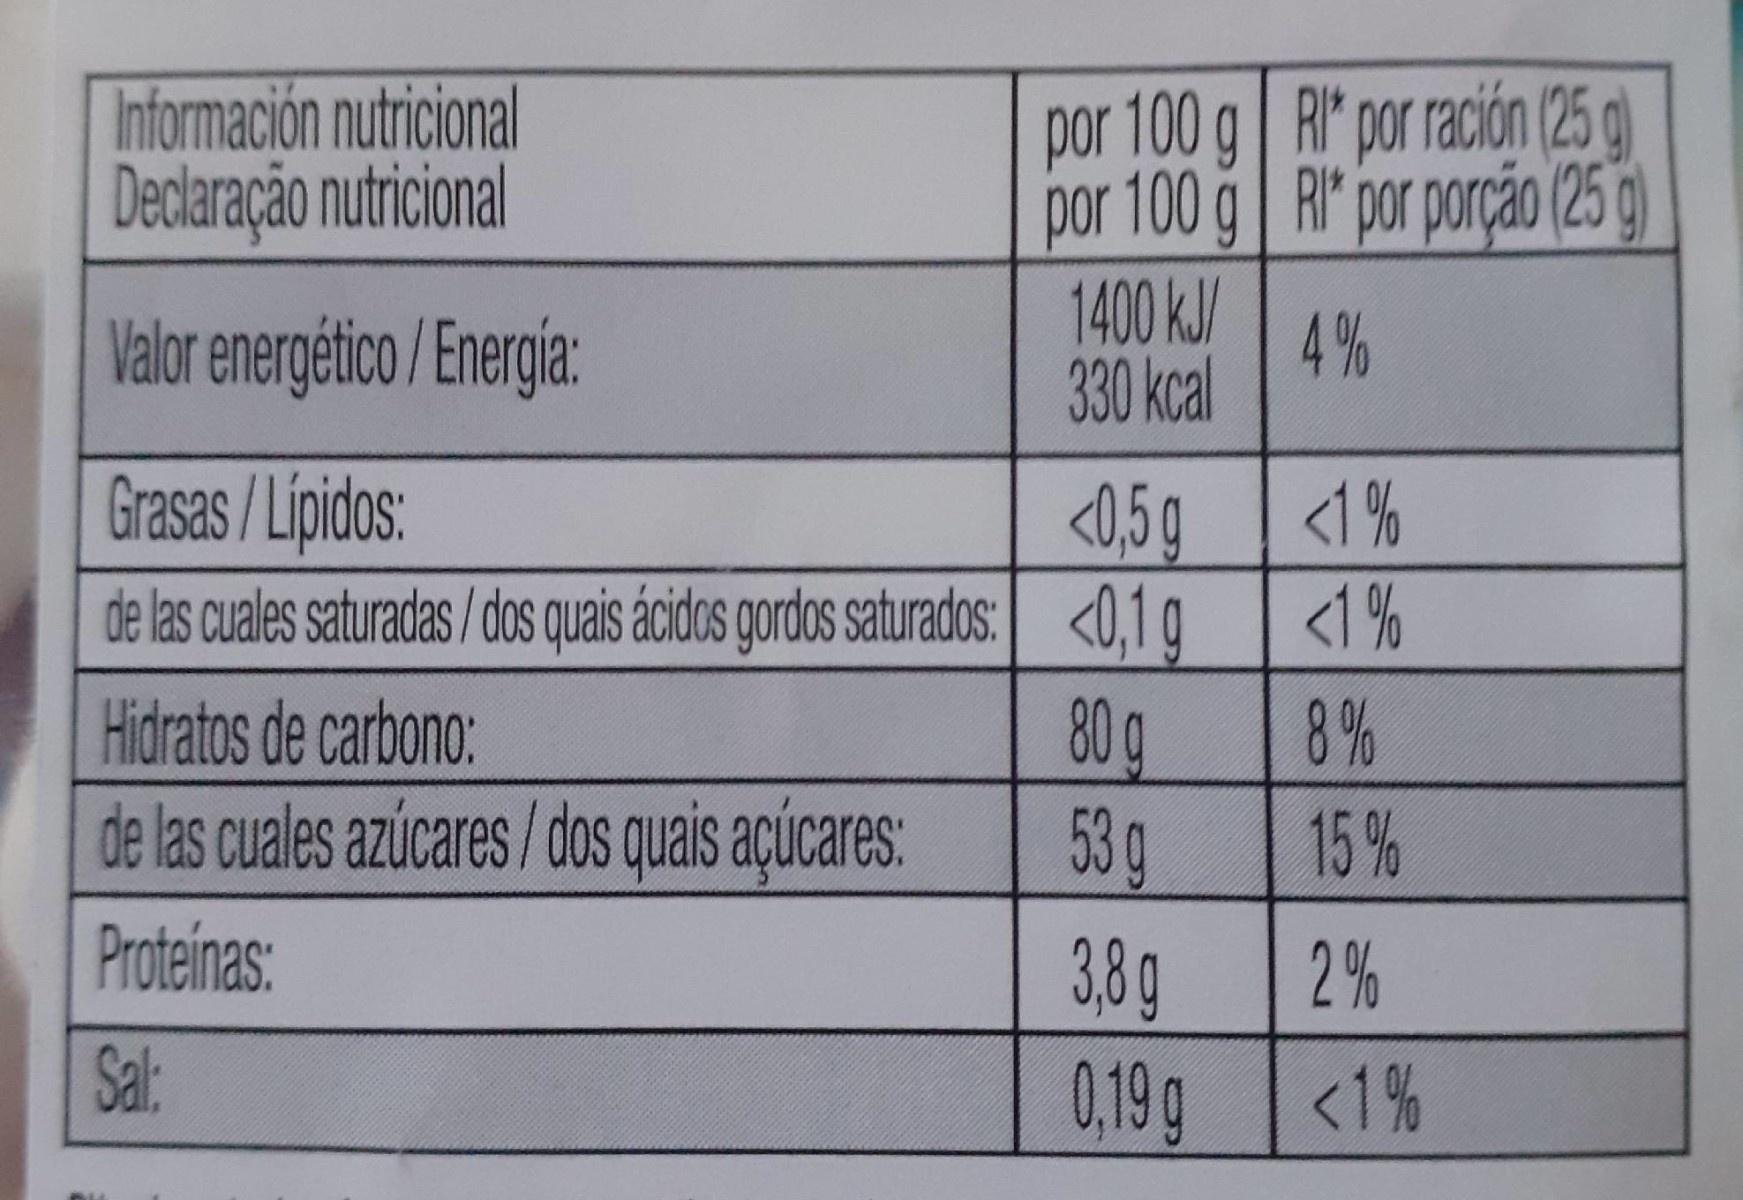
Información nutricional Declaração nutricional
por 100 g
por 100 g
Hidratos de carbono:
de las cuales azúcares/dos quais açúcares:
Proteínas:
Sal:
1400 kJ/
330 kcal
Valor energético/Energía:
Grasas / Lípidos:
<0,5 g
de las cuales saturadas / dos quais ácidos gordos saturados: <0,1 g
80 g
53 g
3,8 g
0,19 g
RI* por ración (25g) R* por porção (25g)
4%
<1%
<1%
8%
15%
2%
<1%